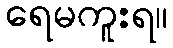
ရေမကူးရ။